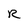
Character: R